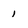
Character: 1